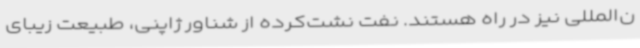
ن‌المللی نیز در راه هستند. نفت نشت‌کرده از شناور ژاپنی، طبیعت زیبای